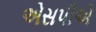
એસપીએ